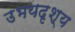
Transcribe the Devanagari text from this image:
उभयदृश्य